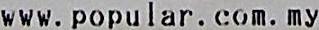
WWW.POPULAR.COM.MY